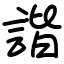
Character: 諧